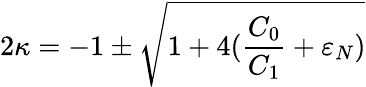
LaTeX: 2\kappa=-1\pm{\sqrt{1+4(\frac{C_{0}}{C_{1}}+\varepsilon_{N})}}